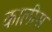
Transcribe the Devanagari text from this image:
कालीस